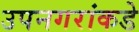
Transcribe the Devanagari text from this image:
उपनगरांकडे